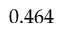
0 . 4 6 4